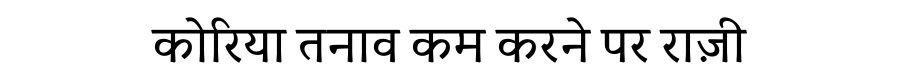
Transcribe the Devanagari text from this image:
कोरिया तनाव कम करने पर राज़ी